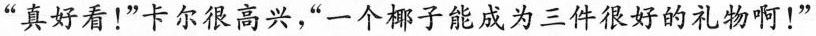
“真好看！“卡尔很高兴，”一个椰子能成为三件很好的礼物啊！”